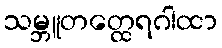
သမ္ဘူတတ္ထေရဂါထာ